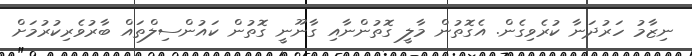
ނިޒާމު ހަރުދަނާ ކުރެވިގެން. އެގޮތުން މާލީ ގޮތުންނާއި ގާނޫނީ ގޮތުން ކައުންސިލްތައް ބާރުވެރިކުރުމަށް